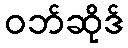
ဝဘ်ဆိုဒ်